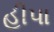
હીપા